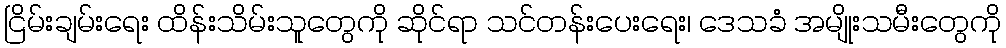
ငြိမ်းချမ်းရေး ထိန်းသိမ်းသူတွေကို ဆိုင်ရာ သင်တန်းပေးရေး၊ ဒေသခံ အမျိုးသမီးတွေကို